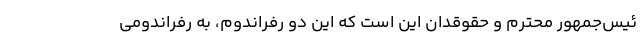
ئیس‌جمهور محترم و حقوقدان این است که این دو رفراندوم، به رفراندومی